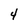
Character: 4